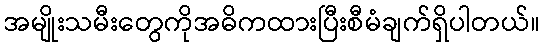
အမျိုးသမီးတွေကိုအဓိကထားပြီးစီမံချက်ရှိပါတယ်။